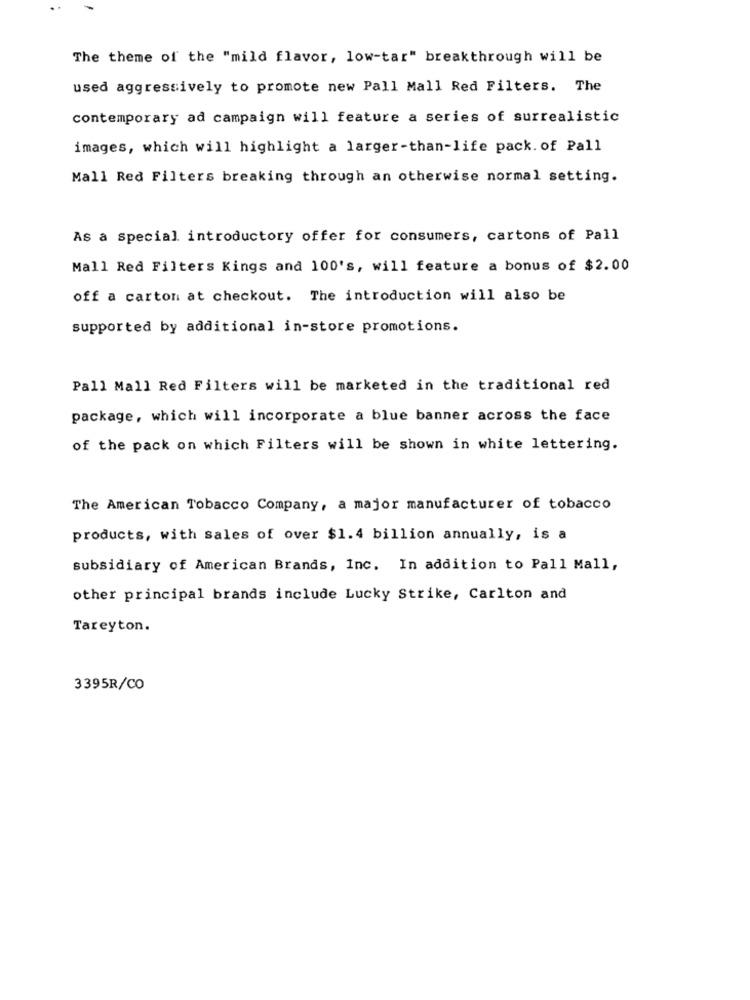
The theme of the "mild flavor, low-tar" breakthrough will be
used aggressively to promote new Pall Mall Red Filters. The
contemporary ad campaign will feature a series of surrealistic
images, which will highlight a larger-than-life pack. of Pall
Mall Red Filters breaking through an otherwise normal setting.
As a special introductory offer for consumers, cartons of Pall
Mall Red Filters Kings and 100's, will feature a bonus of $2.00
off a carton at checkout. The introduction will also be
supported by additional in-store promotions.
Pall Mall Red Filters will be marketed in the traditional red
package, which will incorporate a blue banner across the face
of the pack on which Filters will be shown in white lettering.
The American Tobacco Company, a major manufacturer of tobacco
products, with sales of over $1.4 billion annually, is a
subsidiary of American Brands, Inc. In addition to Pall Mall,
other principal brands include Lucky Strike, Carlton and
Tareyton.
3395R/CO